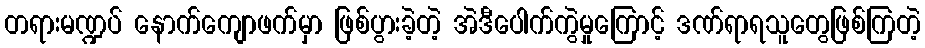
တရားမဏ္ဍပ် နောက်ကျောဖက်မှာ ဖြစ်ပွားခဲ့တဲ့ အဲဒီပေါက်ကွဲမှုကြောင့် ဒဏ်ရာရသူတွေဖြစ်ကြတဲ့